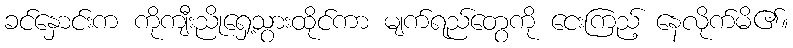
ခင်နှောင်းက ကိုကျီးညိုရှေ့သွားထိုင်ကာ မျက်ရည်တွေကို ငေးကြည့် နေလိုက်မိ၏။